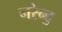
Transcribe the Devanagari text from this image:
नरेन्द॒